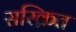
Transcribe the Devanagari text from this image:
सस्क्रित